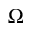
{ \Omega }